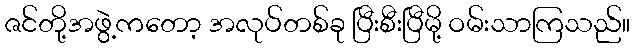
ဇင်တို့အဖွဲ့ကတော့ အလုပ်တစ်ခု ပြီးစီးပြီမို့ ဝမ်းသာကြသည်။